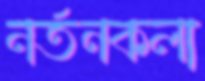
নর্তনকলা